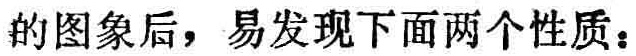
的图象后，易发现下面两个性质：